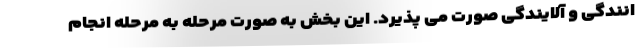
انندگی و آلایندگی صورت می پذیرد. این بخش به صورت مرحله به مرحله انجام